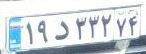
۱۹د۳۳۲۷۴